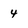
Character: 4